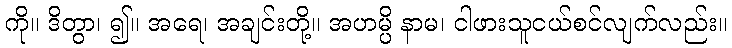
ကို။ ဒိတွာ၊ ၍။ အရေ၊ အချင်းတို့။ အဟမ္ပိ နာမ၊ ငါဖားသူငယ်စင်လျက်လည်း။